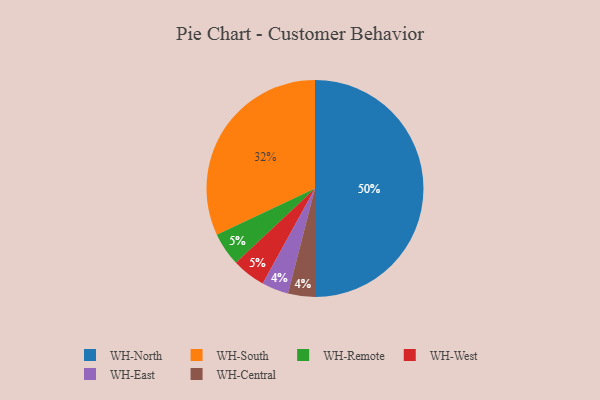
{"axis": {"x": "Category", "y": "Percentage"}, "legend": ["WH-Central", "WH-East", "WH-North", "WH-Remote", "WH-South", "WH-West"], "data": [{"x": "WH-Remote", "y": 5, "type": "WH-Remote"}, {"x": "WH-South", "y": 32, "type": "WH-South"}, {"x": "WH-North", "y": 50, "type": "WH-North"}, {"x": "WH-West", "y": 5, "type": "WH-West"}, {"x": "WH-East", "y": 4, "type": "WH-East"}, {"x": "WH-Central", "y": 4, "type": "WH-Central"}]}